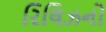
રિલિઝનો